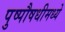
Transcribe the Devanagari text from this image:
पुष्पौषधीमध्ये